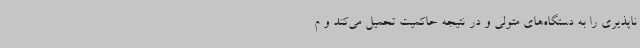
ناپذیری را به دستگاه‌های متولی و در نتیجه حاکمیت تحمیل می‌کند و م